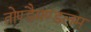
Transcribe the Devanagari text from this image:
तोण्डैमण्डलम